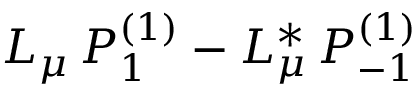
L _ { \mu } \, P _ { 1 } ^ { ( 1 ) } - L _ { \mu } ^ { * } \, P _ { - 1 } ^ { ( 1 ) }